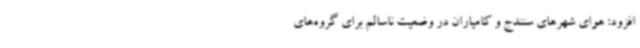
افزود: هوای شهرهای سنندج و کامیاران در وضعیت ناسالم برای گروه‌های